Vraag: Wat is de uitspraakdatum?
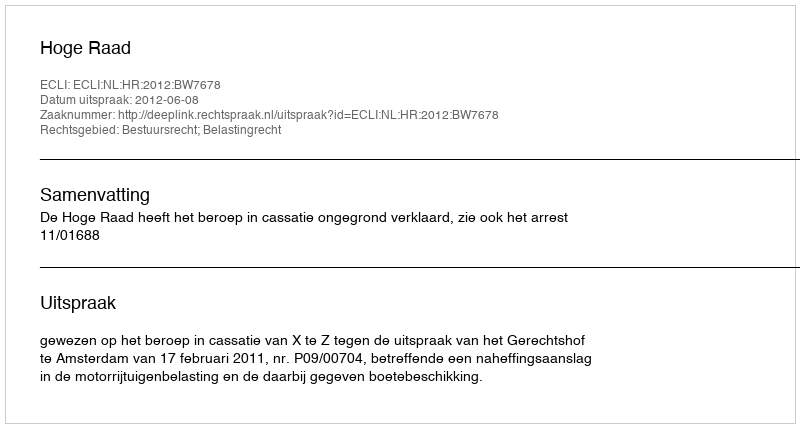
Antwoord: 2012-06-08